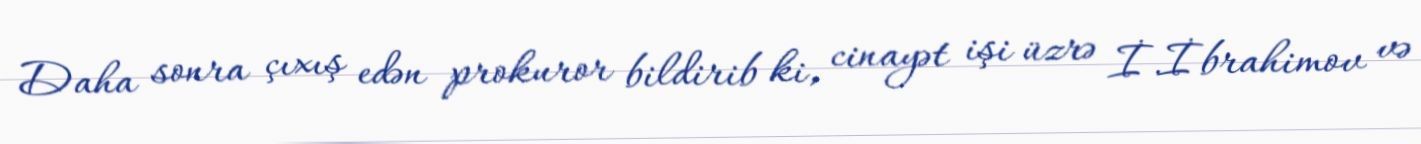
Daha sonra çıxış edən prokuror bildirib ki, cinayət işi üzrə İ.İbrahimov və